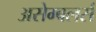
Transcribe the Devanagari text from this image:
असेम्बलर्स